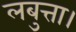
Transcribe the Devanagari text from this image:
लबुत्ता।